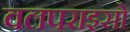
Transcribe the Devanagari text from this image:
वलपराइसो